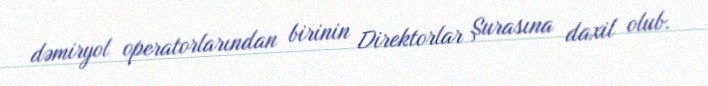
dəmiryol operatorlarından birinin Direktorlar Şurasına daxil olub.